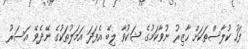
ފަހު ކުލާސްތަކަށް ހާޒިރު ނުވާކަމުގެ ޝަކުވާ ލިބޭ އެފަދަ އަމަލުތަކުގެ ނޭދެވޭ އަސަރު